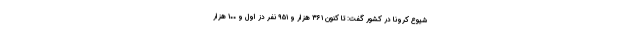
شیوع کرونا در کشور گفت: تا کنون ۳۶۱ هزار و ۹۵۱ نفر دُز اول و ۱۰۰ هزار